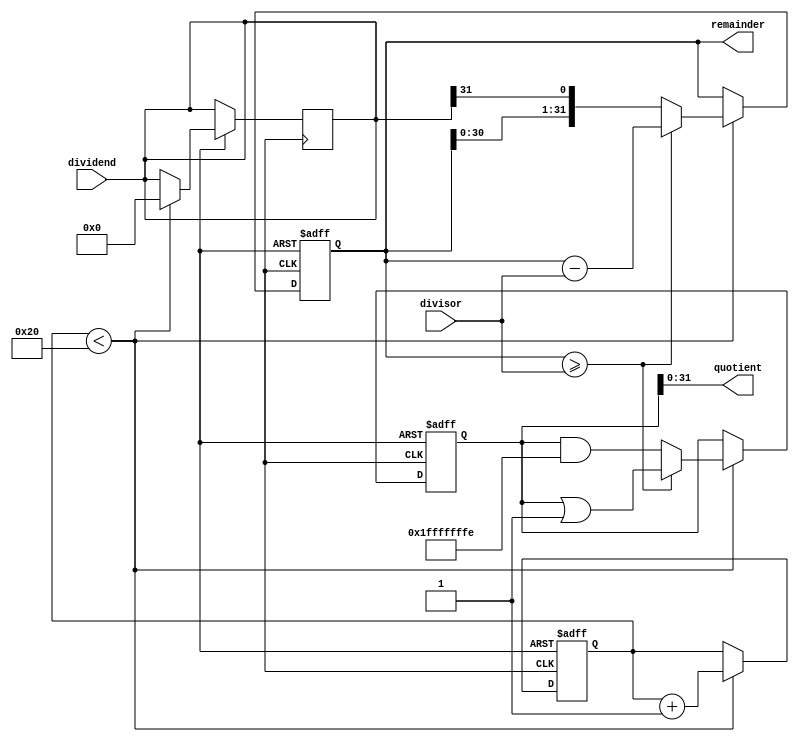
module Non_Restoring_Divider (
    input wire [31:0] dividend,
    input wire [31:0] divisor,
    output reg [31:0] quotient,
    output reg [31:0] remainder
);

reg [31:0] dividend_copy;
reg [31:0] quotient_bit;
reg [31:0] temp_remainder;
reg [32:0] temp_quotient;
reg [5:0] shift_count;

assign dividend_copy = dividend;
assign quotient = temp_quotient[31:0];
assign remainder = temp_remainder;

always @(posedge clock or negedge reset) begin
    if (!reset) begin
        shift_count <= 0;
        temp_quotient <= 0;
        temp_remainder <= 0;
        quotient_bit <= 0;
    end else begin
        if (shift_count < 32) begin
            temp_remainder <= {temp_remainder, dividend_copy[31]};
            dividend_copy <= {dividend_copy[30:0], 0};

            temp_quotient <= temp_quotient << 1;

            if (temp_remainder >= divisor) begin
                temp_remainder <= temp_remainder - divisor;
                temp_quotient <= temp_quotient | 1;
            end else begin
                temp_quotient <= temp_quotient & ~1;
            end

            shift_count <= shift_count + 1;
        end
    end
end

endmodule